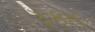
ફકત